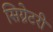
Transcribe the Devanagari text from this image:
सिग्नेटरी